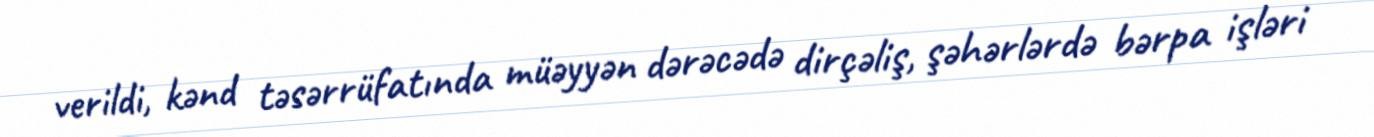
verildi, kənd təsərrüfatında müəyyən dərəcədə dirçəliş, şəhərlərdə bərpa işləri